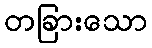
တခြားသော